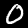
Digit: 0